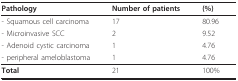
<table><thead><tr><td><b>Pathology</b></td><td><b>Number of patients</b></td><td><b>(%)</b></td></tr></thead><tbody><tr><td>- Squamous cell carcinoma</td><td>17</td><td>80.96</td></tr><tr><td>- Microinvasive SCC</td><td>2</td><td>9.52</td></tr><tr><td>- Adenoid cystic carcinoma</td><td>1</td><td>4.76</td></tr><tr><td>- peripheral ameloblastoma</td><td>1</td><td>4.76</td></tr><tr><td><b>Total</b></td><td>21</td><td>100%</td></tr></tbody></table>